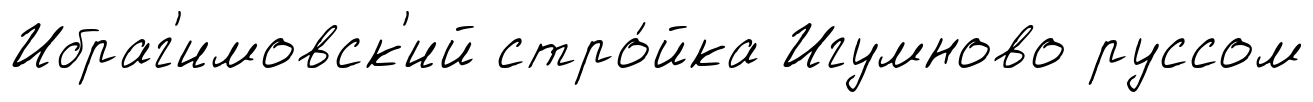
Ибраг'имовск'ий стро́йка Игумново руссом